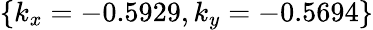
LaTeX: \{ k_{x}=-0.5929,k_{y}=-0.5694\}